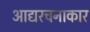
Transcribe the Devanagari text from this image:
आद्यरचनाकार